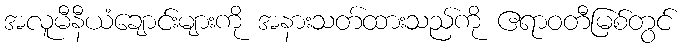
အလူမီနီယံချောင်းများကို အနားသတ်ထားသည်ကို ဧရာဝတီမြစ်တွင်